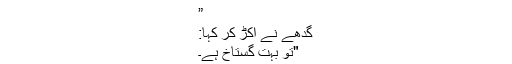
”
گدھے نے اکڑ کر کہا:
"تُو بہت گستاخ ہے۔